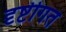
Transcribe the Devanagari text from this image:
दृष्टीगत